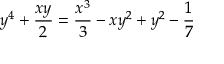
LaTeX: y ^ { 4 } + { \frac { x y } { 2 } } = { \frac { x ^ { 3 } } { 3 } } - x y ^ { 2 } + y ^ { 2 } - { \frac { 1 } { 7 } }